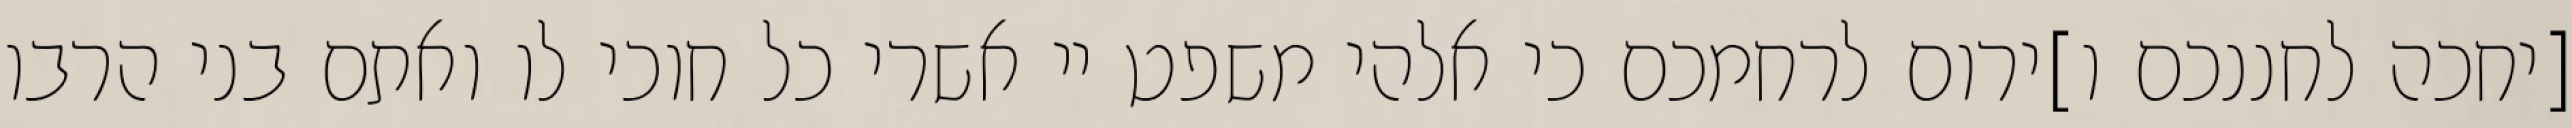
[יחכה לחננכם ו]ירום לרחמכם כי אלהי משפט יי אשרי כל חוכי לו ואתם בני הרבו